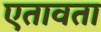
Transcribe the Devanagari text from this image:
एतावता